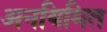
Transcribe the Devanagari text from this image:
अनयिमित